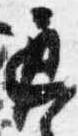
遅